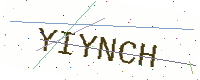
Text: YIYNCH